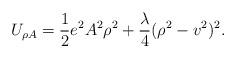
LaTeX: \begin{align*}U_{\rho A} = {1\over 2} e^2A^2\rho^2 + {\lambda\over 4}(\rho^2-v^2)^2. \end{align*}